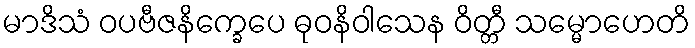
မာဒိသံ ဝပဗီဇနိက္ခေပေ ဓုဝနိဝါသေန ဝိတ္တီ သမ္မောဟေတိ